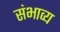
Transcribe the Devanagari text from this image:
संभाव्‍य